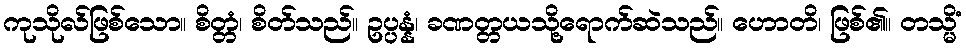
ကုသိုလ်ဖြစ်သော။ စိတ္တံ၊ စိတ်သည်။ ဥပ္ပန္နံ၊ ခဏတ္တယသို့ရောက်ဆဲသည်။ ဟောတိ၊ ဖြစ်၏။ တသ္မိံ